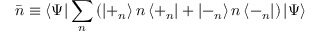
\bar { n } \equiv \left\langle \Psi \right| \sum _ { n } \left( \left| + _ { n } \right\rangle n \left\langle + _ { n } \right| + \left| - _ { n } \right\rangle n \left\langle - _ { n } \right| \right) \left| \Psi \right\rangle